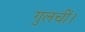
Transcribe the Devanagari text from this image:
गुलचीं।